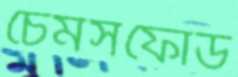
চেমসফোর্ড